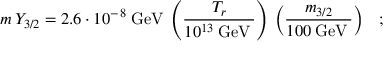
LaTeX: m \: Y _ { 3 / 2 } = 2 . 6 \cdot 1 0 ^ { - \, 8 } \: \mathrm { G e V } \: \left( \frac { T _ { r } } { 1 0 ^ { 1 3 } \: \mathrm { G e V } \: } \right) \: \left( \frac { m _ { 3 / 2 } } { 1 0 0 \: \mathrm { G e V } \: } \right) \; \; \; ;